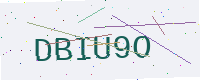
Text: DBIU9O